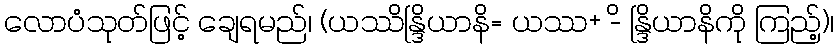
လောပံသုတ်ဖြင့် ချေရမည်၊ (ယဿိန္ဒြိယာနိ= ယဿ+ -ိ န္ဒြိယာနိကို ကြည့်)၊